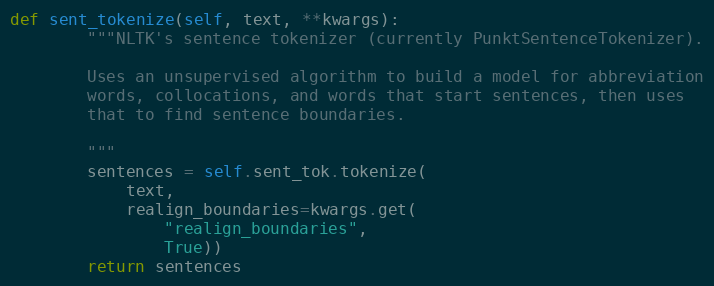
Language: Python
def sent_tokenize(self, text, **kwargs):
        """NLTK's sentence tokenizer (currently PunktSentenceTokenizer).

        Uses an unsupervised algorithm to build a model for abbreviation
        words, collocations, and words that start sentences, then uses
        that to find sentence boundaries.

        """
        sentences = self.sent_tok.tokenize(
            text,
            realign_boundaries=kwargs.get(
                "realign_boundaries",
                True))
        return sentences